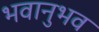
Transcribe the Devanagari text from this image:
भवानुभव